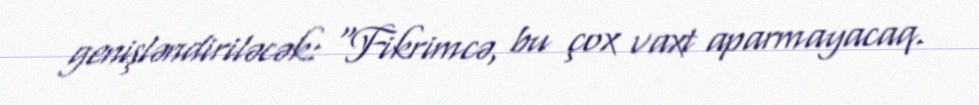
genişləndiriləcək: "Fikrimcə, bu çox vaxt aparmayacaq.